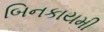
બિનકાયમી